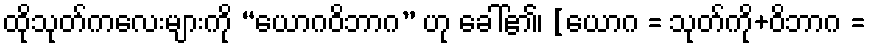
ထိုသုတ်ကလေးများကို “ယောဂဝိဘာဂ” ဟု ခေါ်၏၊ [ယောဂ = သုတ်ကို+ဝိဘာဂ =